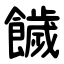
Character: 饖